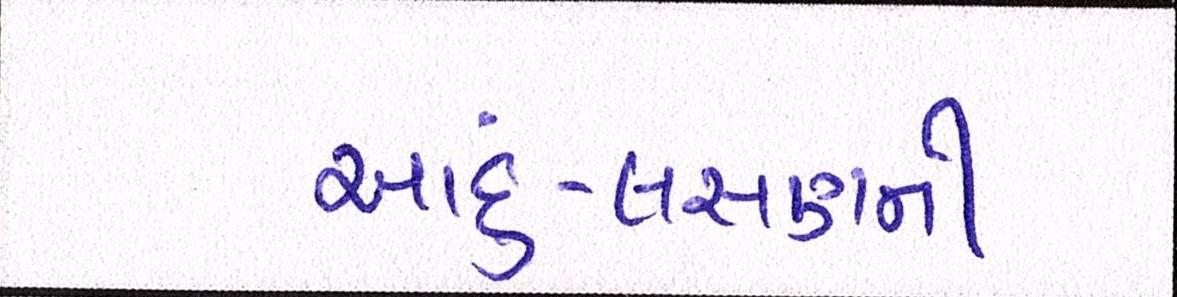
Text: આદું-લસણની